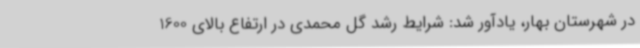
در شهرستان بهار، یادآور شد: شرایط رشد گل محمدی در ارتفاع بالای 1600